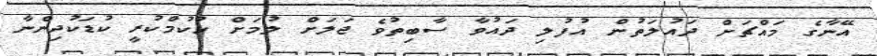
އޭނާގެ މައްޗަށް ދައުލަތުން އުފުލި ދައުވާ ސާބިތުވެ ޖަލަށް ލުމަށް ހުކުމްކުރީ ކުޑަކުދިންނާ